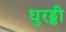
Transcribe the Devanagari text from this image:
धुरड्डी